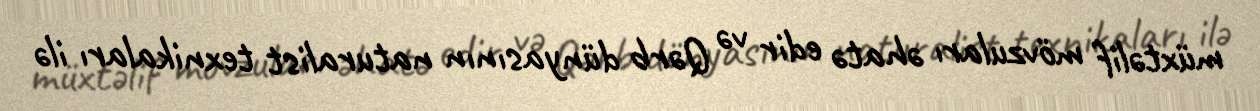
müxtəlif mövzuları əhatə edir və Qərb dünyasının naturalist texnikaları ilə